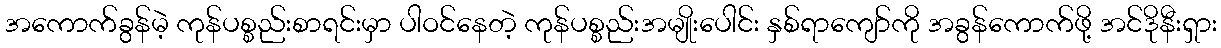
အကောက်ခွန်မဲ့ ကုန်ပစ္စည်းစာရင်းမှာ ပါဝင်နေတဲ့ ကုန်ပစ္စည်းအမျိုးပေါင်း နှစ်ရာကျော်ကို အခွန်ကောက်ဖို့ အင်ဒိုနီးရှား